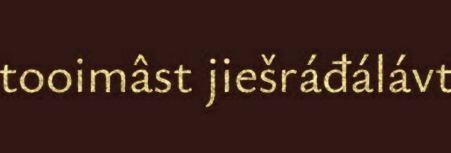
tooimâst jiešráđálávt